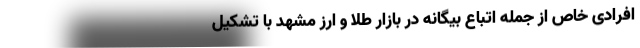
افرادی خاص از جمله اتباع بیگانه در بازار طلا و ارز مشهد با تشکیل